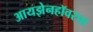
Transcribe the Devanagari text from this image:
आयझेनहॉवरचा